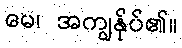
မေ၊ အကျွန်ုပ်၏။